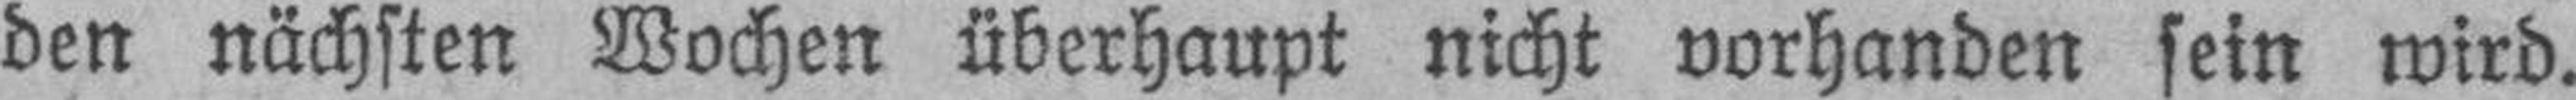
den nächsten Wochen überhaupt nicht vorhanden sein wird.